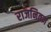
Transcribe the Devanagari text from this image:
राजनितज्ञ